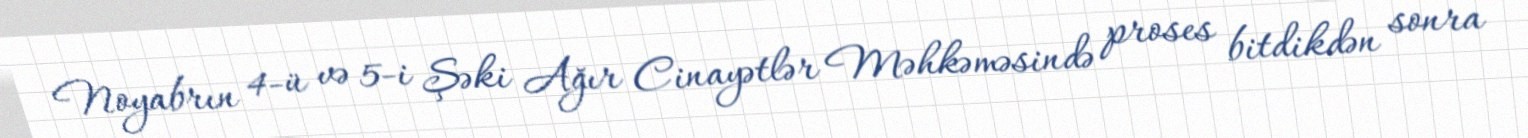
Noyabrın 4-ü və 5-i Şəki Ağır Cinayətlər Məhkəməsində proses bitdikdən sonra